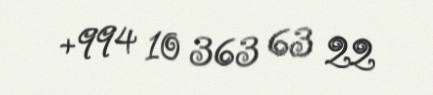
+994 10 363 63 22